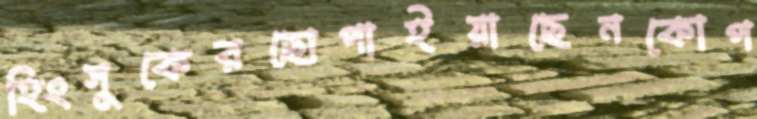
হিংসুকেরছোপাইয়াছেনকোপ